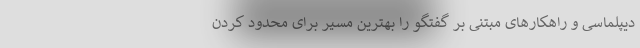
دیپلماسی و راهکارهای مبتنی بر گفتگو را بهترین مسیر برای محدود کردن